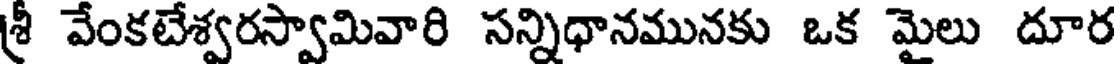
శ్రీ వేంకటేశ్వరస్వామివారి సన్నిధానమునకు ఒక మైలు దూర